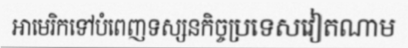
អាមេរិកទៅបំពេញទស្សនកិច្ចប្រទេសវៀតណាម